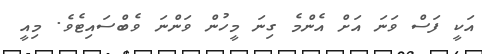
އަކީ ފަސް ވަނަ އަށް އެންމެ ގިނަ މީހުން ވަންނަ ވެބްސައިޓެވެ. މިއީ